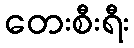
တေးစီးရီး